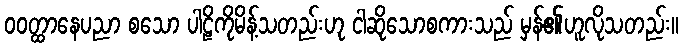
ဝဝတ္ထာနေပညာ စသော ပါဠိကိုမိန့်သတည်းဟု ငါဆိုသောစကားသည် မှန်၏ဟူလိုသတည်း။